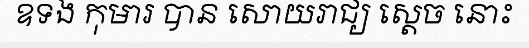
ឧទង កុមារ បាន សោយរាជ្យ ស្តេច នោះ